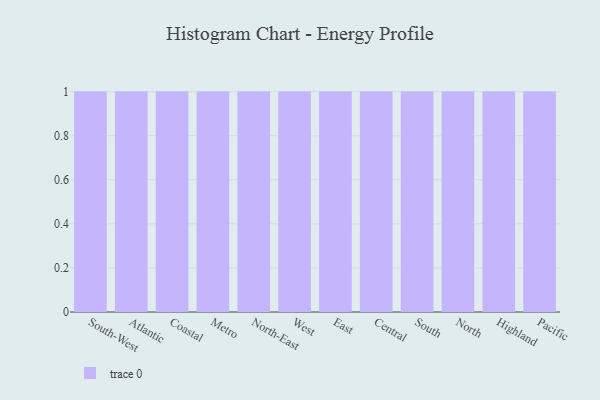
{"axis": {"x": "Region", "y": "Market Share (%)"}, "legend": [""], "data": [{"x": "South-West", "y": 35, "type": ""}, {"x": "Atlantic", "y": 85, "type": ""}, {"x": "Coastal", "y": 85, "type": ""}, {"x": "Metro", "y": 83, "type": ""}, {"x": "North-East", "y": 38, "type": ""}, {"x": "West", "y": 67, "type": ""}, {"x": "East", "y": 34, "type": ""}, {"x": "Central", "y": 66, "type": ""}, {"x": "South", "y": 8, "type": ""}, {"x": "North", "y": 55, "type": ""}, {"x": "Highland", "y": 88, "type": ""}, {"x": "Pacific", "y": 27, "type": ""}]}